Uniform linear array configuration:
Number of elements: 48
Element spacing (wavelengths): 0.5
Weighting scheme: cosine
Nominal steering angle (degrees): -45
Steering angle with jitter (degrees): -43.912
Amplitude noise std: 0.05
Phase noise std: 0.05

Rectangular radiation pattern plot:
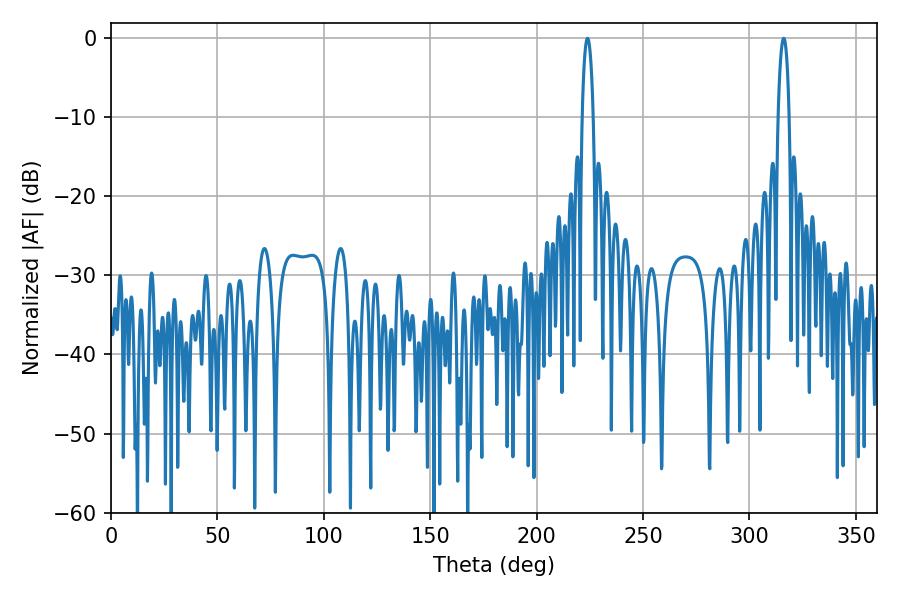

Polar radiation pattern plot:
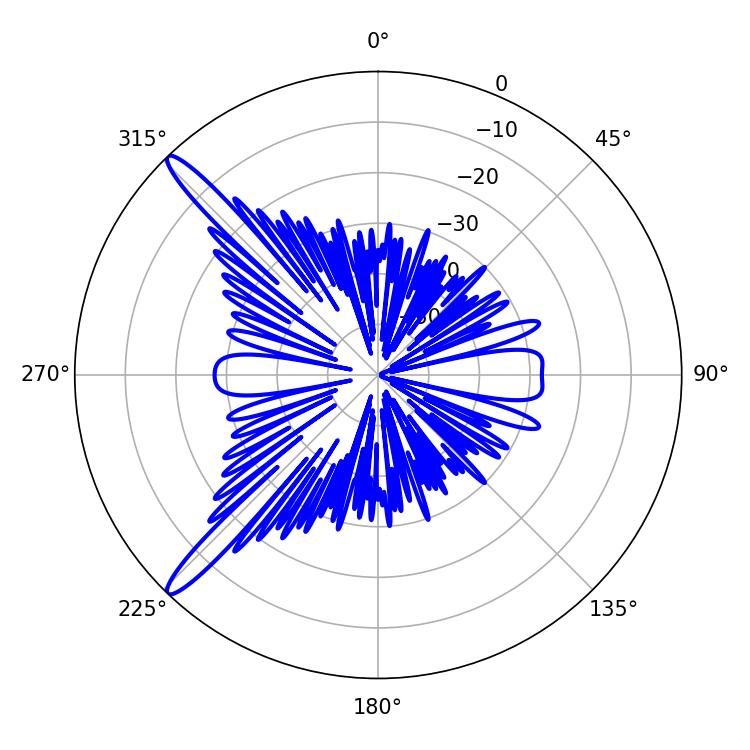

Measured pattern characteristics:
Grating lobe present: FALSE
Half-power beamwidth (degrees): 2.88
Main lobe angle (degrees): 223.92